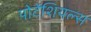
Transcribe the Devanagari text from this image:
पोटेंशियल्स